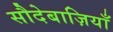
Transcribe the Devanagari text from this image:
सौदेबाज़ियाँ